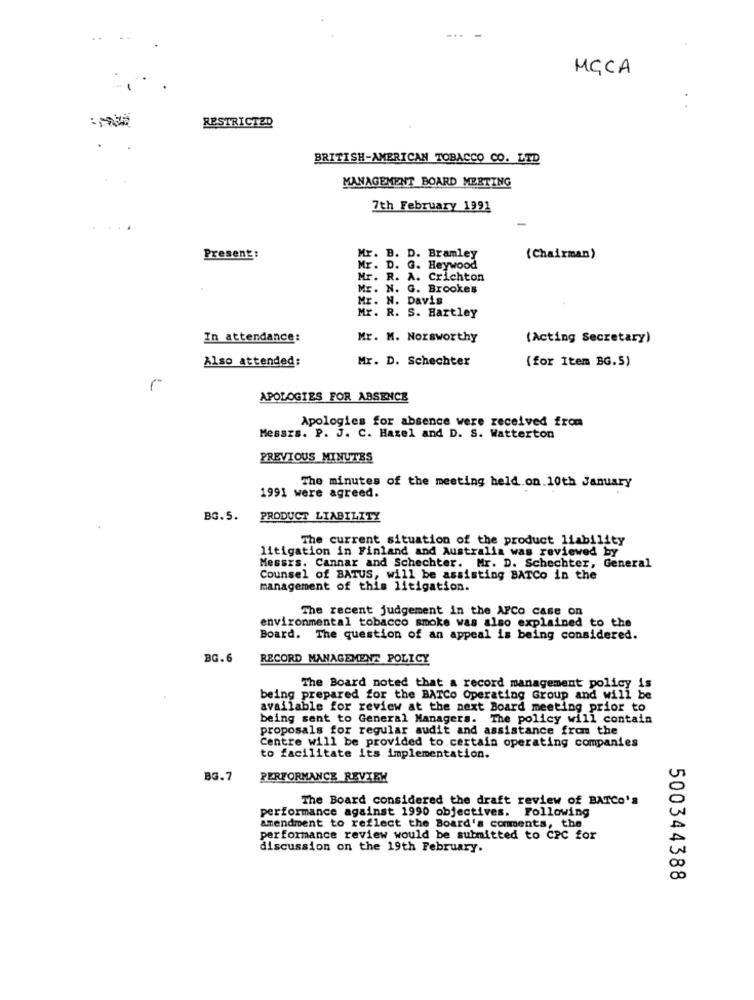
MCCA
RESTRICTED
BRITISH-AMERICAN TOBACCO CO. LTD
MANAGEMENT BOARD MEETING
7th February 1991
Present :
Mr. B. D. Bramley
(Chairman)
. G. Heywood
Mr. R. A. Crichton
Mr. N. G. Brookes
Mr. N. Davis
Mr. R. S. Hartley
In attendance:
Mr. M. Norsworthy
(Acting Secretary)
Also attended:
Mr. D. Schechter
(for Item BG.5)
APOLOGIES FOR ABSENCE
Apologies for absence were received from
Messzs. P. J. C. Hazel and D. S. Watterton
PREVIOUS_MINUTES
The minutes of the meeting held.on.10th January
1991 were agreed.
BG.5.
PRODUCT LIABILITY
The current situation of the product liability
litigation in Finland and Australia was reviewed by
Messrs. Cannar and Schechter. Mr. D. Schechter, General
Counsel of BATUS, will be assisting BATCo in the
management of this litigation.
The recent judgement in the APCo case on
environmental tobacco smoke was also explained to the
Board. The question of an appeal is being considered.
BG.6
RECORD MANAGEMENT POLICY
The Board noted that a record management policy is
being prepared for the BATCo Operating Group and will be
available for review at the next Board meeting prior to
being sent to General Managers. The policy will contain
proposals for regular audit and assistance from the
Centre will be provided to certain operating companies
to facilitate its implementation.
BG.7
PERFORMANCE REVIEW
The Board considered the draft review of BATCO's
performance against 1990 objectives. Following
amendment to reflect the Board's comments, the
performance review would be submitted to CPC for
discussion on the 19th February.
500344388